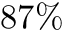
8 7 \%